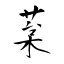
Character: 葈